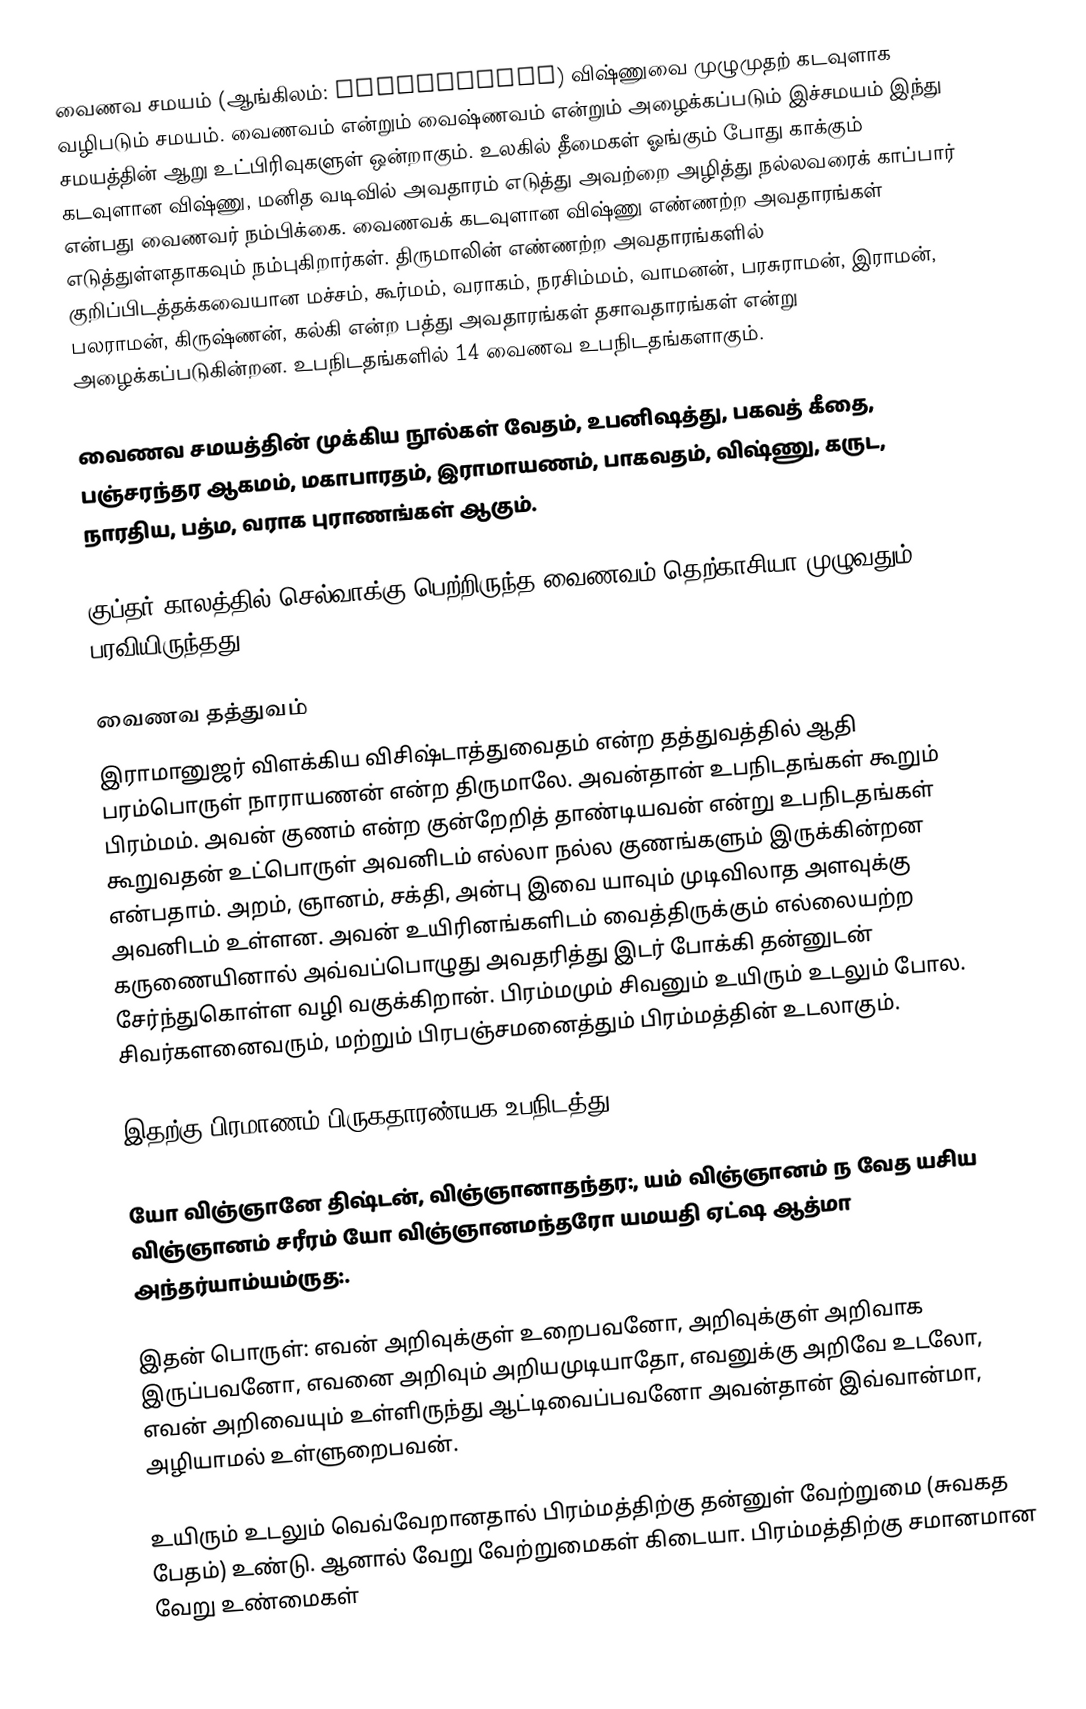
வைணவ சமயம் (ஆங்கிலம்: Vaishnavism) விஷ்ணுவை முழுமுதற் கடவுளாக வழிபடும் சமயம். வைணவம் என்றும் வைஷ்ணவம் என்றும் அழைக்கப்படும் இச்சமயம் இந்து சமயத்தின் ஆறு உட்பிரிவுகளுள் ஒன்றாகும். உலகில் தீமைகள் ஓங்கும் போது காக்கும் கடவுளான விஷ்ணு, மனித வடிவில் அவதாரம் எடுத்து அவற்றை அழித்து நல்லவரைக் காப்பார் என்பது வைணவர் நம்பிக்கை. வைணவக் கடவுளான விஷ்ணு எண்ணற்ற அவதாரங்கள் எடுத்துள்ளதாகவும் நம்புகிறார்கள். திருமாலின் எண்ணற்ற அவதாரங்களில் குறிப்பிடத்தக்கவையான மச்சம், கூர்மம், வராகம், நரசிம்மம், வாமனன், பரசுராமன், இராமன், பலராமன், கிருஷ்ணன், கல்கி என்ற பத்து அவதாரங்கள் தசாவதாரங்கள் என்று அழைக்கப்படுகின்றன. உபநிடதங்களில் 14 வைணவ உபநிடதங்களாகும்.

வைணவ சமயத்தின் முக்கிய நூல்கள் வேதம், உபனிஷத்து, பகவத் கீதை, பஞ்சரந்தர ஆகமம், மகாபாரதம், இராமாயணம், பாகவதம், விஷ்ணு, கருட, நாரதிய, பத்ம, வராக புராணங்கள் ஆகும்.

குப்தர்  காலத்தில் செல்வாக்கு பெற்றிருந்த வைணவம் தெற்காசியா முழுவதும் பரவியிருந்தது.

வைணவ தத்துவம்
இராமானுஜர் விளக்கிய விசிஷ்டாத்துவைதம் என்ற தத்துவத்தில் ஆதி பரம்பொருள் நாராயணன் என்ற திருமாலே. அவன்தான் உபநிடதங்கள் கூறும் பிரம்மம். அவன் குணம் என்ற குன்றேறித் தாண்டியவன் என்று உபநிடதங்கள் கூறுவதன் உட்பொருள் அவனிடம் எல்லா நல்ல குணங்களும் இருக்கின்றன என்பதாம். அறம், ஞானம், சக்தி, அன்பு இவை யாவும் முடிவிலாத அளவுக்கு அவனிடம் உள்ளன. அவன் உயிரினங்களிடம் வைத்திருக்கும் எல்லையற்ற கருணையினால் அவ்வப்பொழுது அவதரித்து இடர் போக்கி தன்னுடன் சேர்ந்துகொள்ள வழி வகுக்கிறான். பிரம்மமும் சிவனும் உயிரும் உடலும் போல. சிவர்களனைவரும், மற்றும் பிரபஞ்சமனைத்தும் பிரம்மத்தின் உடலாகும்.

இதற்கு பிரமாணம் பிருகதாரண்யக உபநிடத்து (3-7-22):

யோ விஞ்ஞானே திஷ்டன், விஞ்ஞானாதந்தர:, யம் விஞ்ஞானம் ந வேத யசிய விஞ்ஞானம் சரீரம் யோ விஞ்ஞானமந்தரோ யமயதி ஏட்ஷ ஆத்மா அந்தர்யாம்யம்ருத:.

இதன் பொருள்: எவன் அறிவுக்குள் உறைபவனோ, அறிவுக்குள் அறிவாக இருப்பவனோ, எவனை அறிவும் அறியமுடியாதோ, எவனுக்கு அறிவே உடலோ, எவன் அறிவையும் உள்ளிருந்து ஆட்டிவைப்பவனோ அவன்தான் இவ்வான்மா, அழியாமல் உள்ளுறைபவன்.

உயிரும் உடலும் வெவ்வேறானதால் பிரம்மத்திற்கு தன்னுள் வேற்றுமை (சுவகத பேதம்) உண்டு. ஆனால் வேறு வேற்றுமைகள் கிடையா. பிரம்மத்திற்கு சமானமான வேறு உண்மைகள்